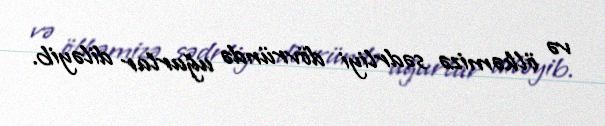
və ölkəmizə sədrliyi dövründə uğurlar diləyib.